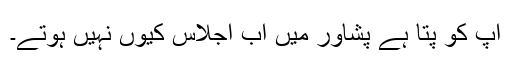
آپ کو پتا ہے پشاور میں اب اجلاس کیوں نہیں ہوتے۔